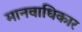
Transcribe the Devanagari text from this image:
मानवाधिकार